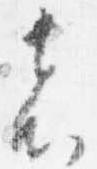
者